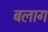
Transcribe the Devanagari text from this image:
बलाग